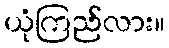
ယုံကြည်လား။